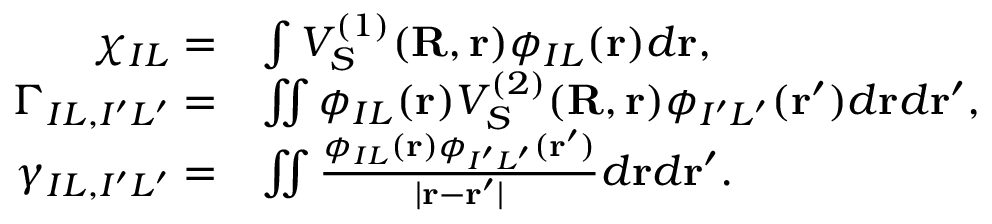
\begin{array} { r l } { \chi _ { I L } = } & { \int V _ { S } ^ { ( 1 ) } ( { \bf R , r } ) \phi _ { I L } ( { \bf r } ) d { \bf r } , } \\ { \Gamma _ { I L , I ^ { \prime } L ^ { \prime } } = } & { \iint \phi _ { I L } ( { \bf r } ) V _ { S } ^ { ( 2 ) } ( { \bf R , r } ) \phi _ { I ^ { \prime } L ^ { \prime } } ( { \bf r ^ { \prime } } ) d { \bf r } d { \bf r ^ { \prime } } , } \\ { \gamma _ { I L , I ^ { \prime } L ^ { \prime } } = } & { \iint \frac { \phi _ { I L } ( { \bf r } ) \phi _ { I ^ { \prime } L ^ { \prime } } ( { \bf r ^ { \prime } } ) } { \vert { \bf r - r ^ { \prime } } \vert } d { \bf r } d { \bf r ^ { \prime } } . } \end{array}